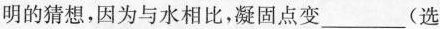
明的猜想，因为与水相比，凝固点变___(选